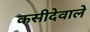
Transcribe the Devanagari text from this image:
कसीदेवाले